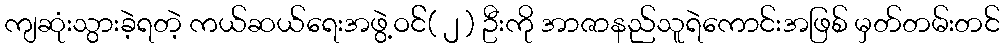
ကျဆုံးသွားခဲ့ရတဲ့ ကယ်ဆယ်ရေးအဖွဲ့ဝင််( ၂ ) ဦးကို အာဇာနည်သူရဲကောင်းအဖြစ် မှတ်တမ်းတင်